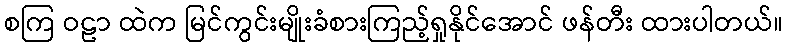
စကြ ဝဠာ ထဲက မြင်ကွင်းမျိုးခံစားကြည့်ရှုနိုင်အောင် ဖန်တီး ထားပါတယ်။